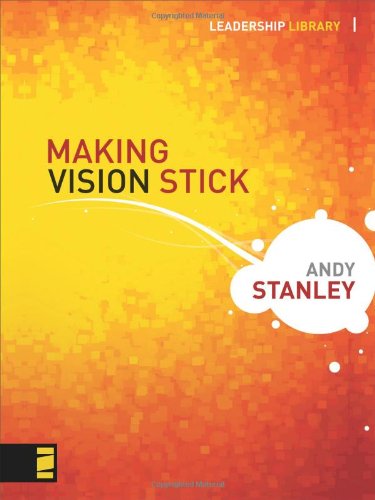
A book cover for Making Vision Stick (Leadership Library); Andy Stanley; Christian Books & Bibles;